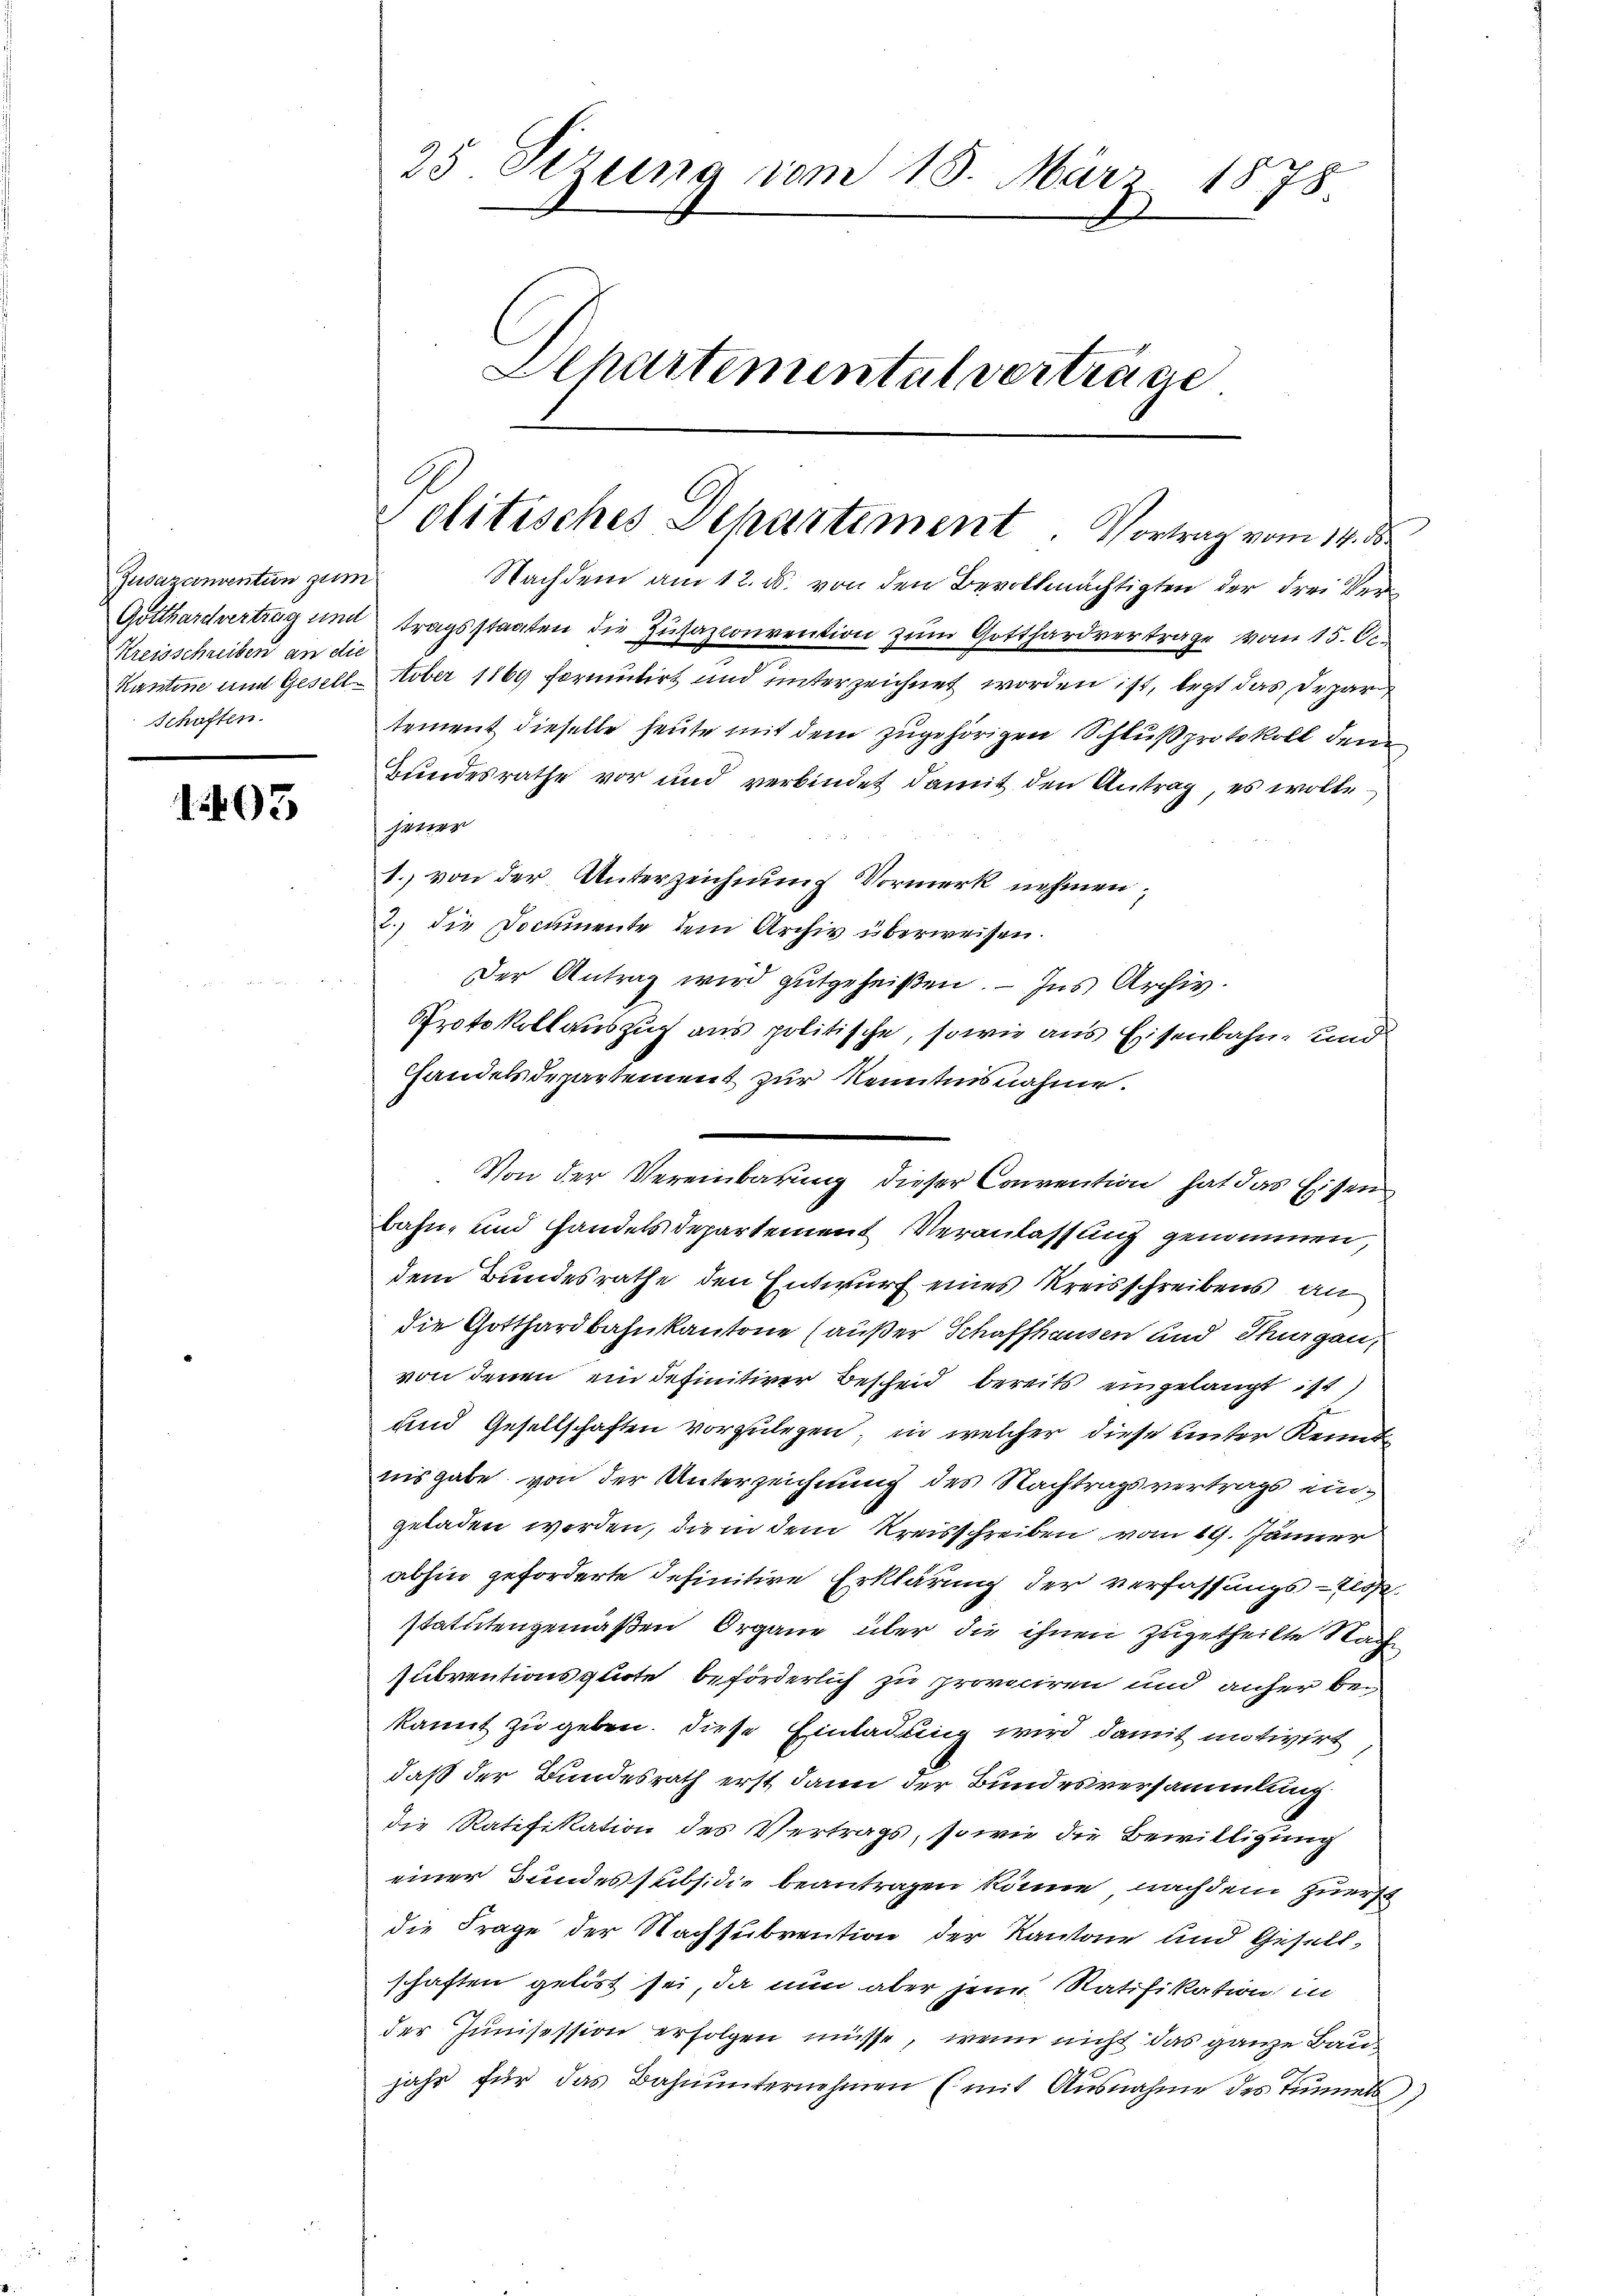
Jusazainvention zum
Kreisschreiben an die
Schaften.

1403

25 Sizung vom 15. März 1878.
Departemental verträge

Nachdem am 12. ds. von den Bevollmächtigten der drei Ver¬
Gotthardvertrag und tragsstaaten die Zusazconvention zum Gotthardvertrage vom 15. Oc
Kantone und Geselltober 1869 formutirt und unterzeichnet worden ist, legt das Depar
tement dieselbe heute mit dem zugehörigen Schluß protokoll dem
Bundesrathe vor und verbindet damit den Antrag, es wolle
jener
1. von der Unterzeichnung Vormerk nehmen,
2.) Die Documente dem Archiv überweisen.
Der Antrag wird gutgeheißen. — Ins Archiv.
Protokollauszug aus politische, sowie aus Eisenbahn- und
Handelsdepartement zur Kenntnisnahme.
Von der Vereinbarung dieser Convention hat das Eisen
bahn- und Handelsdepartement Veranlassung genommen,
dem Bundesrathe den Entwurf eines Kreisschreibens an
die Gotthardbahnkantone (außer Schaffhausen und Thurgau,
von denen ein definitiver Bescheid bereits eingelangt ist,
und Gesellschaften vorzulegen, in welcher diese unter Kennt
nisgabe von der Unterzeichnung des Nachtragsvertrags eingeladen werden, die in dem Kreisschreiben vom 19. Jänner
abhin geforderte definitive Erklärung der verfassungslos
statutengemäßen Organe über die ihnen zugetheilte Nach
subventionsquote beförderlich zu provociren und anher bekannt zu geben. Diese Einladung wird damit motivirt
daß der Bundesrath erst dann der Bundesversammlung
die Ratifikation des Vertrags, sowie die Bewilligung
einer Bundes subsidie beantragen könne, nach dem zuerst
die Frage der Nachsubvention der Kantone und Gesellschaften gelöst sei, da nun aber jene Ratifikation in
der Junisession erfolgen müsse, wenn nicht das ganze Bau
jahr für das Bahnunternehmen (mit Ausnahme des Tunnels;

Politisches Departiment. Vortrag vom 14. d.